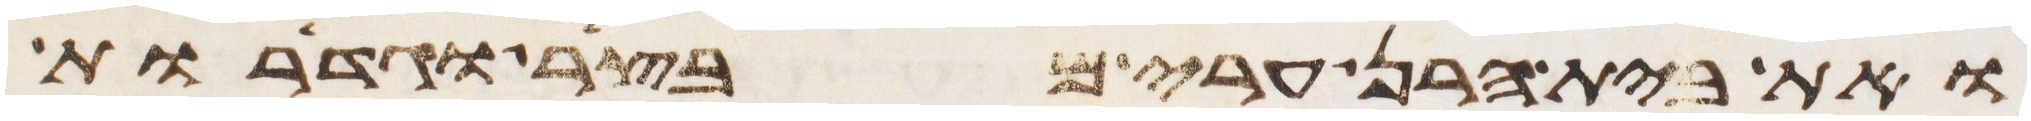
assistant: ואת בית הרן ערי מבצר וגדרות